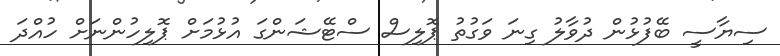
ސިޔާސީ ބޭފުޅުން ދުވާލު ގިނަ ވަގުތު ޕޮލިސް ސްޓޭޝަންގަ އުޅުމަށް ޕޮލިހުންނަށް ހުއްދަ